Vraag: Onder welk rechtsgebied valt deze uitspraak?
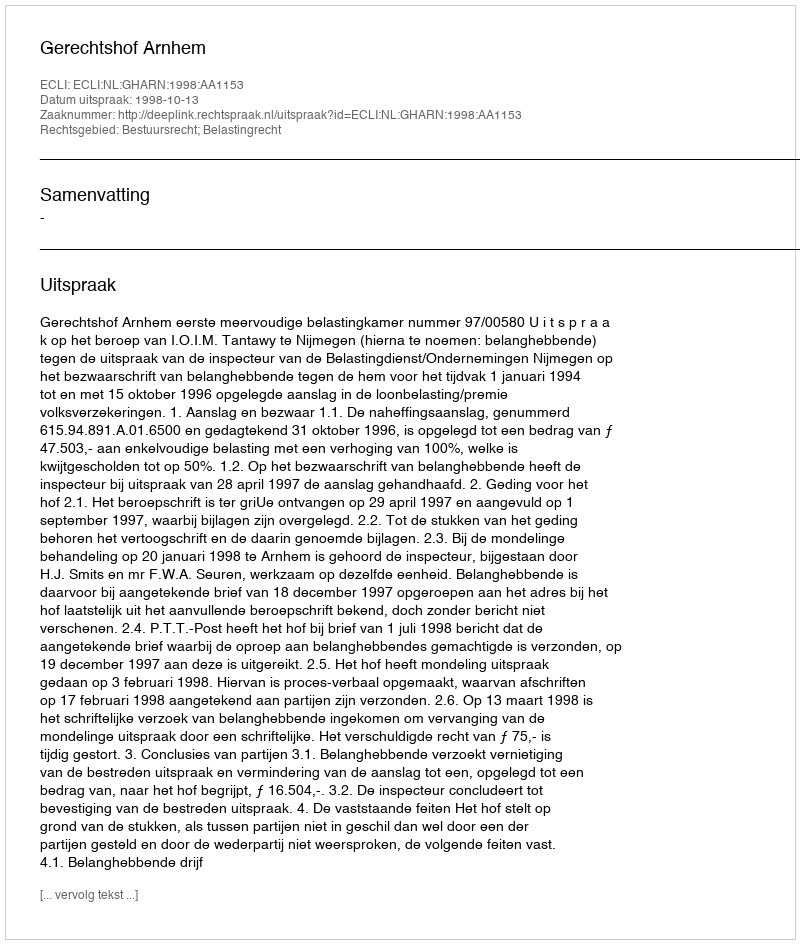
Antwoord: Bestuursrecht; Belastingrecht